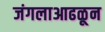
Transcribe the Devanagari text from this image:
जंगलाआढळून